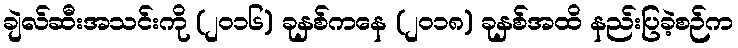
ချဲလ်ဆီးအသင်းကို (၂၀၁၆) ခုနှစ်ကနေ (၂၀၁၈) ခုနှစ်အထိ နည်းပြခဲ့စဉ်က